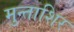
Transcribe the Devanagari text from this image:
मुन्ताशिर